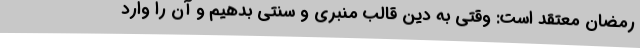
رمضان معتقد است: وقتی به دین قالب منبری و سنتی بدهیم و آن را وارد